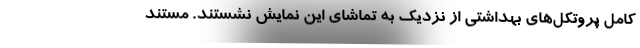
کامل پروتکل‌های بهداشتی از نزدیک به تماشای این نمایش نشستند. مستند